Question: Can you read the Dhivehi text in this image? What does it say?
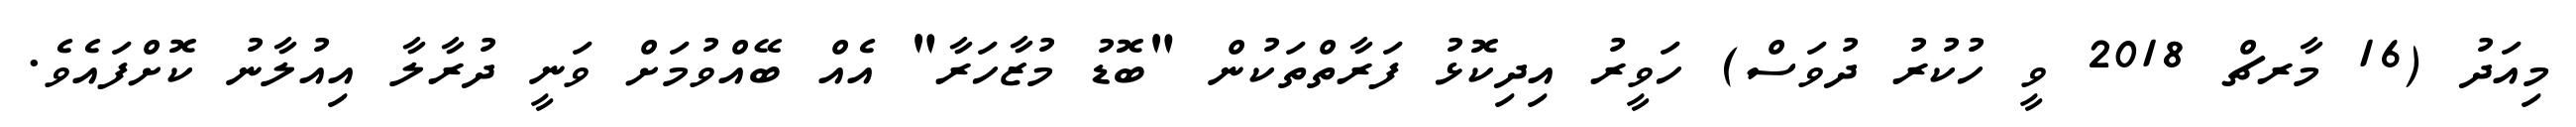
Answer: މިއަދު (16 މާރޗް 2018 ވީ ހުކުރު ދުވަސް) ހަވީރު އިދިކޮޅު ފަރާތްތަކުން "ބޮޑު މުޒާހަރާ" އެއް ބޭއްވުމަށް ވަނީ ދުރާލާ އިއުލާނު ކޮށްފައެވެ.